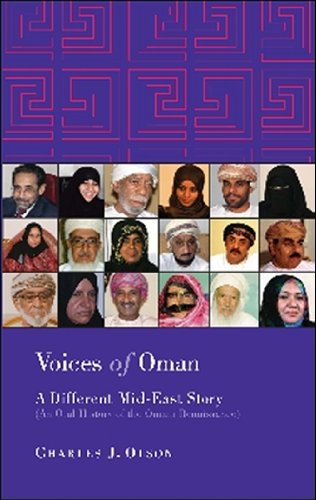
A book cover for Voices of Oman: A Different Mid-East Story; Charles Olson; History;